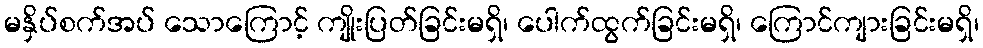
မနှိပ်စက်အပ် သောကြောင့် ကျိုးပြတ်ခြင်းမရှိ၊ ပေါက်ထွက်ခြင်းမရှိ၊ ကြောင်ကျားခြင်းမရှိ၊